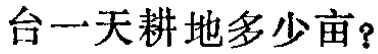
台一天耕地多少亩？